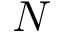
N